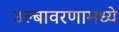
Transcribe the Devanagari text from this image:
उल्बावरणामध्ये